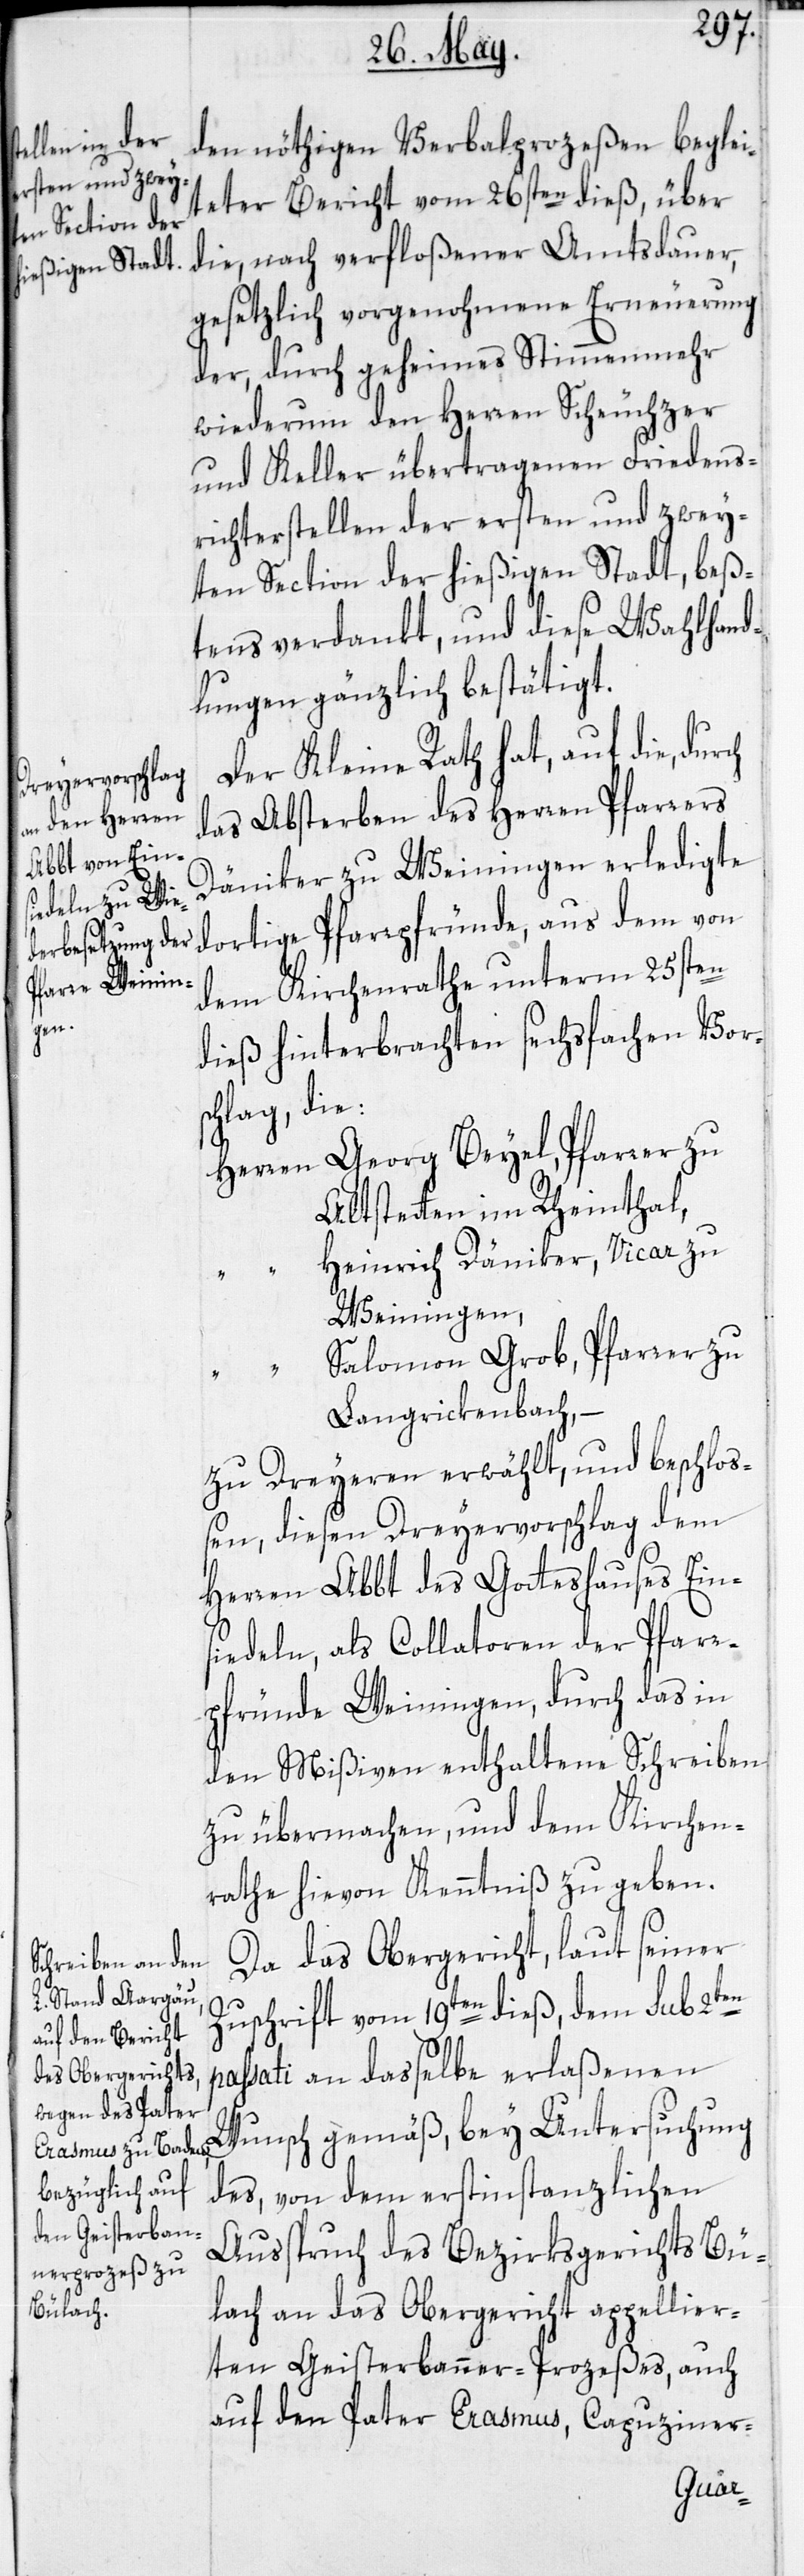
den nötigen Verbalprozeßen beglei¬
teter Bericht vom 26sten dieß, über
die, nach verfloßener Amtsdauer,
gesetzlich vorgenohmene Erneuerung
der, durch geheimes Stimmenmehr
wiederum den Herren Scheuchzer
und Keller übertragenen Friedens¬
richterstellen der ersten und zwey¬
ten Section der hießigen Stadt, beß¬
tens verdankt, und diese Wahlhand¬
lungen gänzlich bestätigt.
Der Kleine Rath hat, auf die,
das Absterben des Herren Pfarrers
Däniker zu Weiningen erledigte
dortige Pfarrpfründe, aus dem von
dem Kirchenrathe unterm 25sten
dieß hinterbrachten sechsfachen Vors¬
chlag, die:
Herren Georg Beyel, Pfarrer zu
Altstetten im Rheinthal
Heinrich Däniker, Vicar zu
Weiningen,
Salomon Grob, Pfarrer zu
Langrickenbach; –
zu Dreyeren erwählt, und beschlos¬
sen, diesen Dreyervorschlag dem
Herren Abbt des Gotteshauses Eins¬
iedeln, als Collatoren der Pfarr¬
pfründe Weiningen, durch das in
den Mißiven enthaltene Schreiben
zu übermachen, und dem Kirchen¬
rathe hievon Kenntniß zu geben.
Da das Obergericht, laut seiner
Zuschrift vom 19ten dieß, dem sub 2ten
passati an dasselbe erlaßenen
Wunsch gemäß, bey Untersuchung
des, von dem erstinstanzlichen
Ausspruch des Bezirksgerichts Bü¬
lach an das Obergericht appellier¬
ten Geisterbanner-Prozeßes, auch
auf den Pater Erasmus, Capuziner-